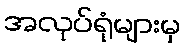
အလုပ်ရုံများမှ